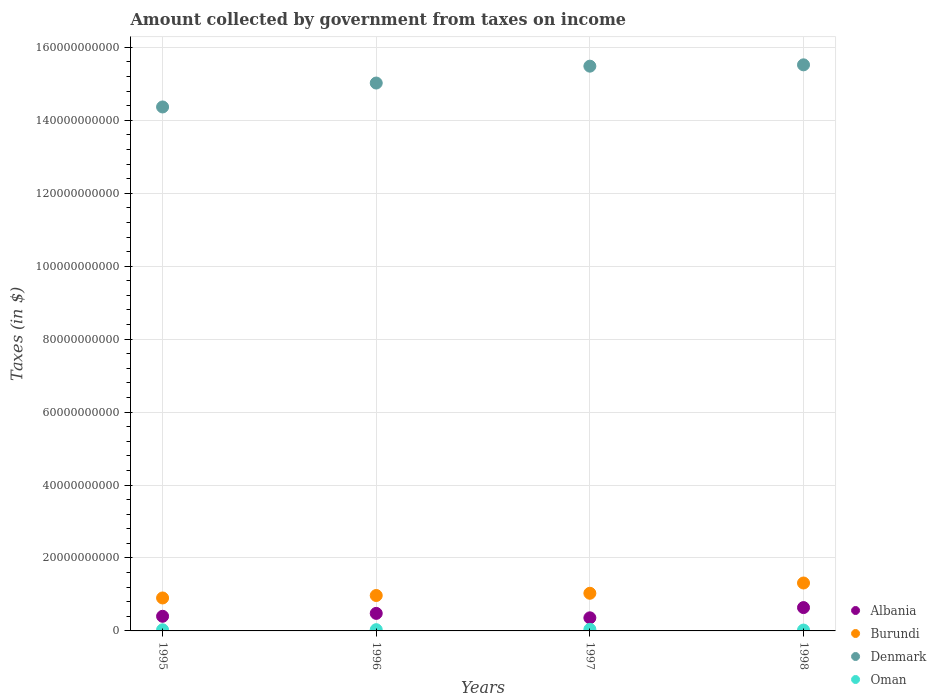
| Years | Albania | Burundi | Denmark | Oman |
 | --- | --- | --- | --- | --- |
 | 1995 | 4.01e+09 | 9.04e+09 | 1.44e+11 | 3.06e+08 |
 | 1996 | 4.81e+09 | 9.71e+09 | 1.5e+11 | 3.43e+08 |
 | 1997 | 3.59e+09 | 1.03e+10 | 1.55e+11 | 4.31e+08 |
 | 1998 | 6.4e+09 | 1.31e+10 | 1.55e+11 | 2.34e+08 |